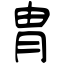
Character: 胄